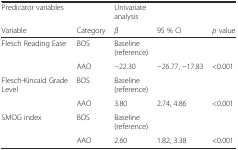
| Predicator variables |  | Univariate analysis |  |  |
 | Variable | Category | β | 95 % CI | p value |
 | --- | --- | --- | --- | --- |
 | <ROWSPAN=2> Flesch Reading Ease | BOS | Baseline (reference) |  |  |
 | AAO | −22.30 | −26.77, −17.83 | <0.001 |
 | <ROWSPAN=2> Flesch-Kincaid Grade Level | BOS | Baseline (reference) |  |  |
 | AAO | 3.80 | 2.74, 4.86 | <0.001 |
 | <ROWSPAN=2> SMOG index | BOS | Baseline (reference) |  |  |
 | AAO | 2.60 | 1.82, 3.38 | <0.001 |